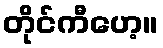
တိုင်ကီဟေ့။